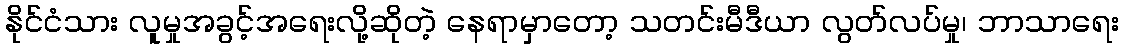
နိုင်ငံသား လူမှုအခွင့်အရေးလို့ဆိုတဲ့ နေရာမှာတော့ သတင်းမီဒီယာ လွတ်လပ်မှု၊ ဘာသာရေး